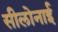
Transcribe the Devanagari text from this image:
सीलोनाई